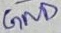
Text: GND